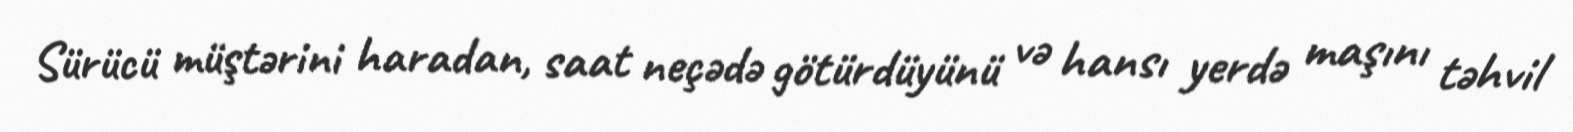
Sürücü müştərini haradan, saat neçədə götürdüyünü və hansı yerdə maşını təhvil